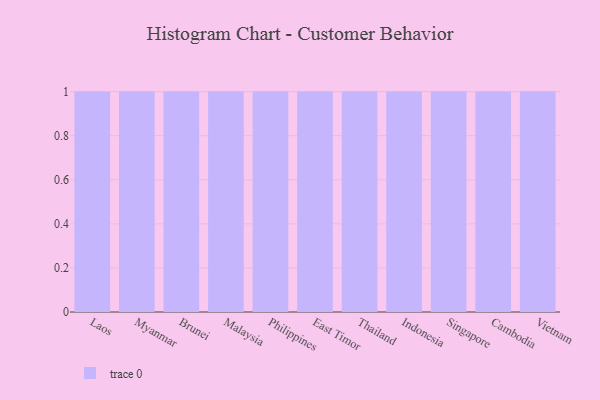
{"axis": {"x": "Country", "y": "Energy Usage (MWh)"}, "legend": [""], "data": [{"x": "Laos", "y": 79, "type": ""}, {"x": "Myanmar", "y": 59, "type": ""}, {"x": "Brunei", "y": 21, "type": ""}, {"x": "Malaysia", "y": 56, "type": ""}, {"x": "Philippines", "y": 84, "type": ""}, {"x": "East Timor", "y": 34, "type": ""}, {"x": "Thailand", "y": 55, "type": ""}, {"x": "Indonesia", "y": 29, "type": ""}, {"x": "Singapore", "y": 69, "type": ""}, {"x": "Cambodia", "y": 91, "type": ""}, {"x": "Vietnam", "y": 94, "type": ""}]}